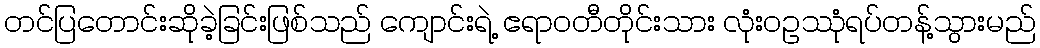
တင်ပြတောင်းဆိုခဲ့ခြင်းဖြစ်သည် ကျောင်းရဲ့ ဧရာဝတီတိုင်းသား လုံးဝဥဿုံရပ်တန့်သွားမည်